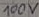
Text: 100V